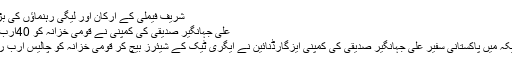
شریف فیملی کے ارکان اور لیگی رہنماؤں کی بڑی تعداد... مزید پڑھیں
علی جہانگیر صدیقی کی کمپنی نے قومی خزانہ کو 40ارب کا نقصان پہنچایا: نیب
لاہور (پبلک نیوز) امریکہ میں پاکستانی سفیر علی جہانگیر صدیقی کی کمپنی ایزگارڈنائین نے ایگری ٹیک کے شیئرز بیچ کر قومی خزانہ کو چالیس ارب روپے کا نقصان پہنچایا۔